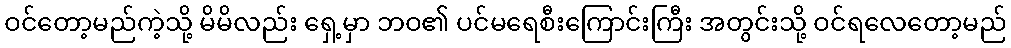
ဝင်တော့မည်ကဲ့သို့ မိမိလည်း ရှေ့မှာ ဘဝ၏ ပင်မရေစီးကြောင်းကြီး အတွင်းသို့ ဝင်ရလေတော့မည်